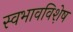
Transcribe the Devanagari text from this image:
स्वभावविशे़ष